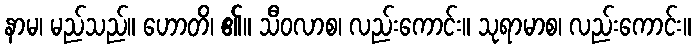
နာမ၊ မည်သည်။ ဟောတိ၊ ၏။ သီဝလာစ၊ လည်းကောင်း။ သုရာမာစ၊ လည်းကောင်း။